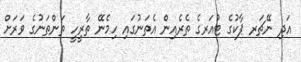
އަދި ނޭޗަރ ޕާކުގެ ޓުއަރގެ ތެރެއިން އެތަނުގައި ހިމެނޭ ތާރީހީ ތަންތަނުގެ ވަރަށް